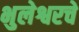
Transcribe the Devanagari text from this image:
भुलेश्वरचे